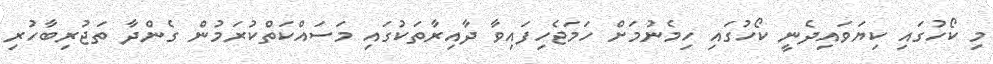
މި ކޯހުގައި ކިޔަވައިދެނީ ކޯހުގައި ހިމެނުމަށް ހަމަޖެހިފައިވާ ދާއިރާތަކުގައި މަސައްކަތްކުރަމުން ގެންދާ ތަޖުރިބާހުރި